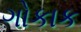
ગોકાક